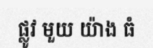
ផ្លូវ មួយ យ៉ាង ធំ